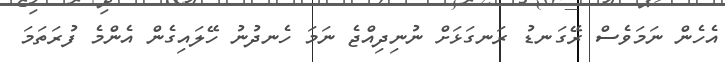
އެހެން ނަމަވެސް ރޭގަނޑު ރަނގަޅަށް ނުނިދިއްޖެ ނަމަ ހެނދުނު ހޭލައިގެން އެންމެ ފުރަތަމަ